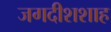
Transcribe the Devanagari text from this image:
जगदीशशाह